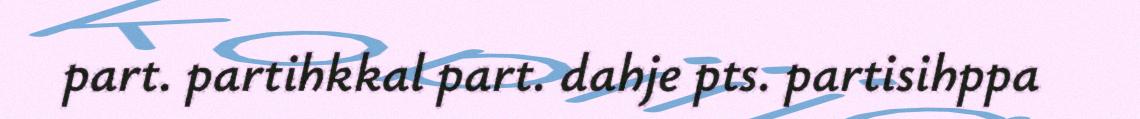
part. partihkkal part. dahje pts. partisihppa